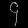
Digit: ၄